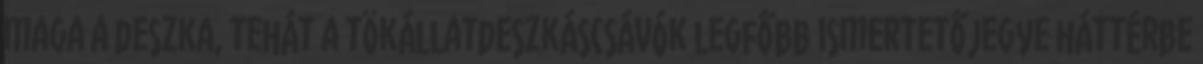
maga a deszka, tehát a tökállatdeszkáscsávók legfőbb ismertetőjegye háttérbe